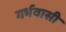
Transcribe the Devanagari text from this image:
गर्भवासी